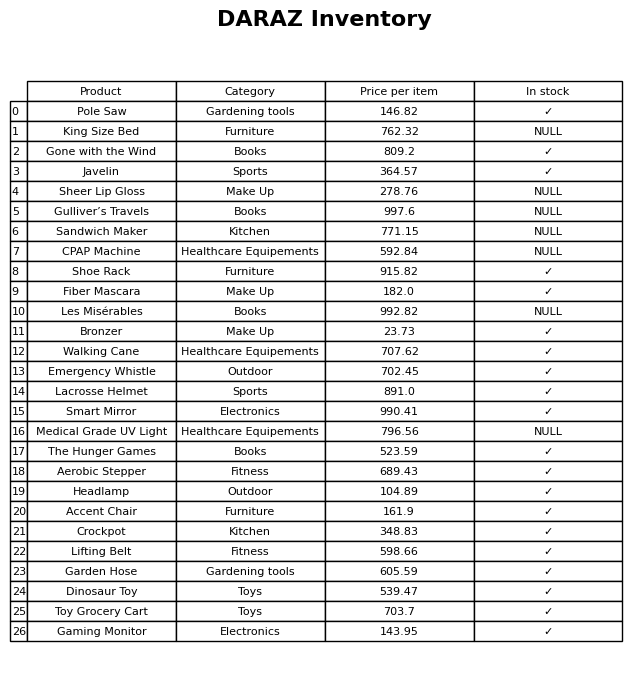
question: Is the Gulliver’s Travels in stock?
answer: NULL